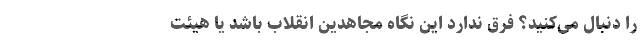
را دنبال می‌کنید؟ فرق ندارد این نگاه مجاهدین انقلاب باشد یا هیئت